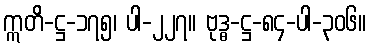
ဣတိ-ဋ္ဌ-၁၇၅၊ ပါ-၂၂၇။ ဗုဒ္ဓ-ဋ္ဌ-၈၄-ပါ-၃၀၆။